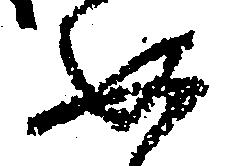
如